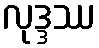
လုဒ္ဒဿ